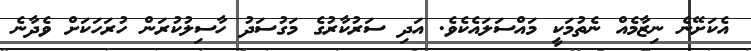
އެކަށޭނެ ނިޒާމެއް ނެތުމަކީ މައްސަލައެކެވެ. އަދި ސަރުކާރުގެ މަގުސަދު ހާސިލުކުރަން ހުރަހަކަށް ވެދާނެ